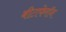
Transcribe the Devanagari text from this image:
बीटाफेरॉन